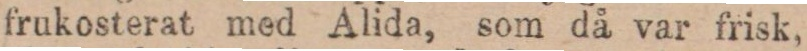
frukosterat med Alida, som då var frisk,